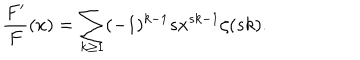
\frac { F ^ { \prime } } { F } ( x ) = \sum _ { k \ge 1 } ( - 1 ) ^ { k - 1 } s x ^ { s k - 1 } \zeta ( s k ) .